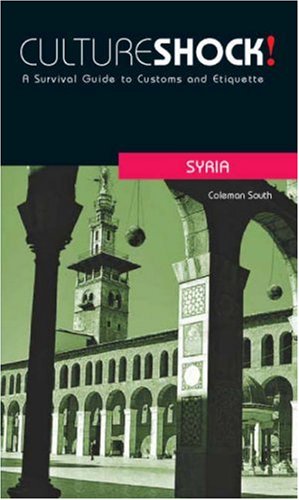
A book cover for Culture Shock! Syria: A Survivial Guide to Customs and Etiquette (Culture Shock! Guides); Coleman South; Travel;